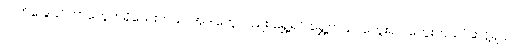
လက်ခြေပြင်တာတွေကရှိသေးတယ်၊ အဲဒါတွေလည်း ရွှေ့ရင် ရွှေ့တယ်။ ကွေးရင် ကွေးတယ်’ ဆန့်ရင်